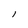
Character: l